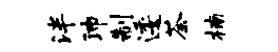
泮沛制逶荼楠